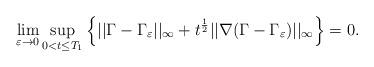
LaTeX: \begin{align*}\lim_{\varepsilon\to0}\sup_{0< t\leq T_1}\Big\{||\Gamma-\Gamma_{\varepsilon}||_{\infty}+t^{\frac{1}{2}}||\nabla (\Gamma-\Gamma_{\varepsilon})||_{\infty}\Big\}=0. \end{align*}